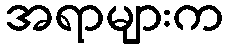
အရာများက